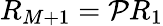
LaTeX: R_{M+1}=\mathcal{P}R_{1}